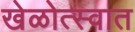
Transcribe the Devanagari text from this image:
खेळोत्स्वात